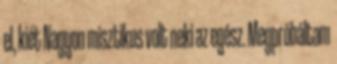
el, kiét Nagyon misztikus volt neki az egész. Megpróbáltam